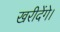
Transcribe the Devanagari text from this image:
खरीदेंगे।